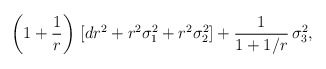
\begin{align*}\left(1+\frac{1}{r}\right)\,[dr^2+r^2\sigma_1^2+r^2\sigma_2^2]+\frac{1}{1+1/r}\,\sigma_3^2,\end{align*}